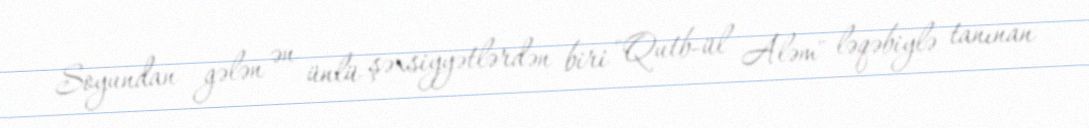
Soyundan gələn ən ünlü şəxsiyyətlərdən biri "Qutb-ül Aləm" ləqəbiylə tanınan